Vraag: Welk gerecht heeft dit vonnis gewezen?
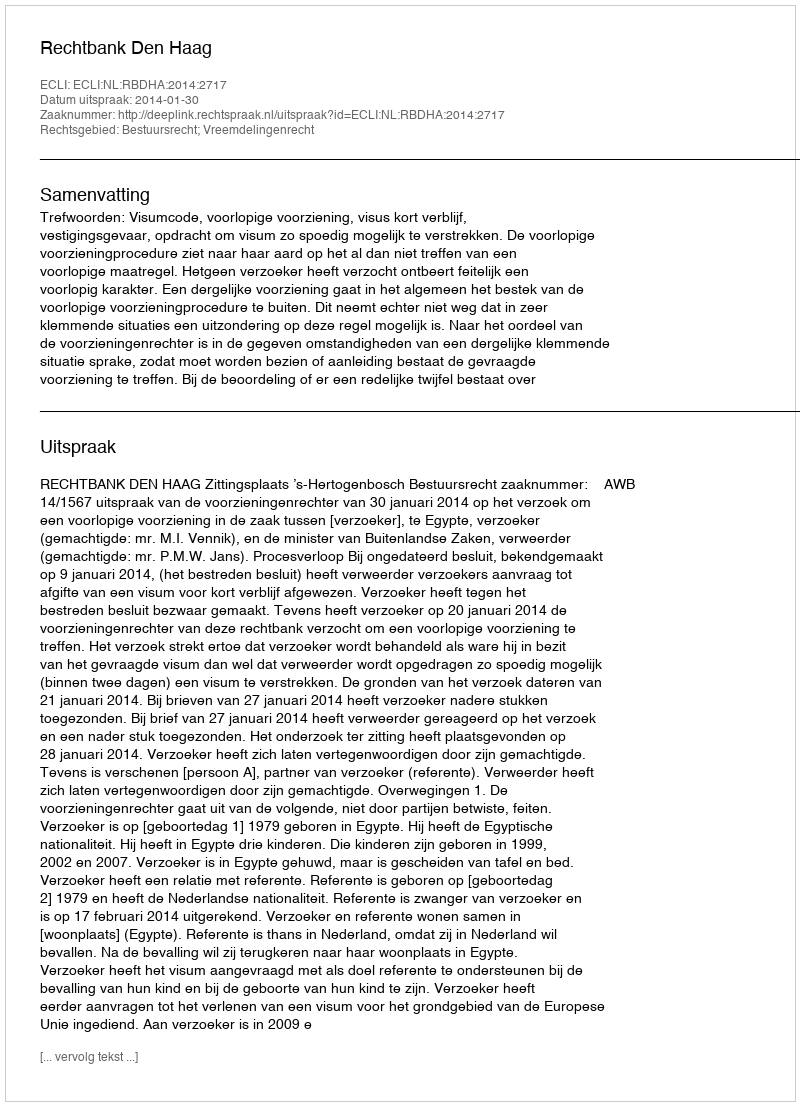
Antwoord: Rechtbank Den Haag